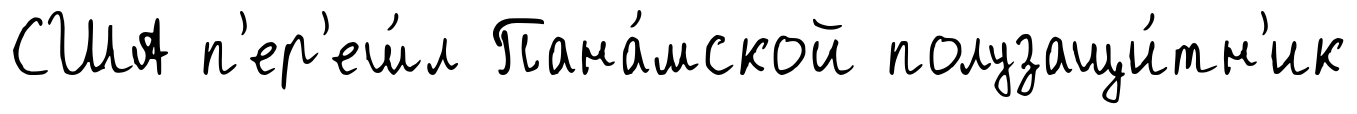
США п'ер'еш́л Пана́мской полузащи́тн'ик